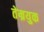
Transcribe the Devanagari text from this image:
तेम्रयुक